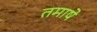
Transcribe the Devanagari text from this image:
तमाषे